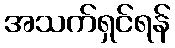
အသက်ရှင်ရန်